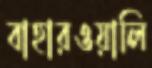
বাহারওয়ালি